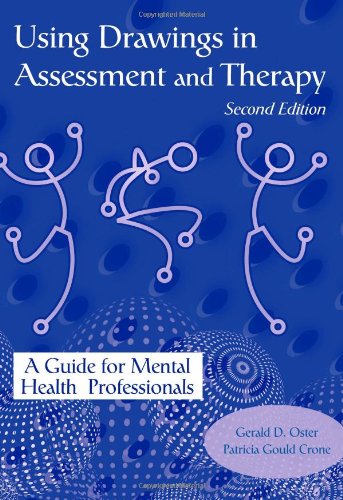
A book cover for Using Drawings in Assessment and Therapy: A Guide for Mental Health Professionals; Gerald D. Oster; Health, Fitness & Dieting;